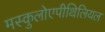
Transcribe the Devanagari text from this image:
मस्कुलोएपीथिलियल